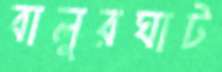
বালুরঘাট